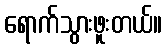
ရောက်သွားဖူးတယ်။